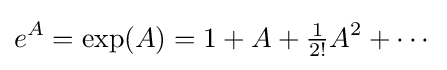
e^{A}=\exp(A)=1+A+{\tfrac {1}{2!}}A^{2}+\cdots